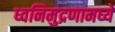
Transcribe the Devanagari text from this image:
ध्वनिमुद्रणामध्ये